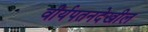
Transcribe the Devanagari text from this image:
वीर्यपतनदेखील